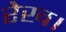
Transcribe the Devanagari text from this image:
रेख।